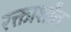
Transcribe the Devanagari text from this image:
रक्तार्शांत